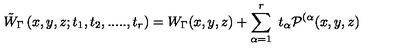
{ \tilde { W } } _ { \Gamma } \left( x , y , z ; t _ { 1 } , t _ { 2 } , . . . . . , t _ { r } \right) = W _ { \Gamma } ( x , y , z ) + \sum _ { \alpha = 1 } ^ { r } \ t _ { \alpha } { \cal P } ^ { ( \alpha } ( x , y , z )